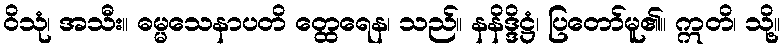
ဝိသုံ၊ အသီး။ ဓမ္မသေနာပတိ တ္ထေရေန၊ သည်။ နနိဒ္ဒိဋ္ဌံ၊ ပြတော်မူ၏။ ဣတိ၊ သို့။